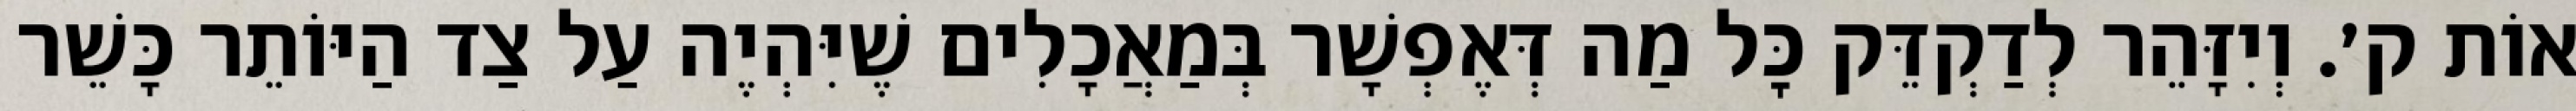
אוֹת ק׳. וְיִזָּהֵר לְדַקְדֵּק כׇּל מַה דְּאֶפְשָׁר בְּמַאֲכָלִים שֶׁיִּהְיֶה עַל צַד הַיּוֹתֵר כָּשֵׁר